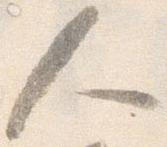
人